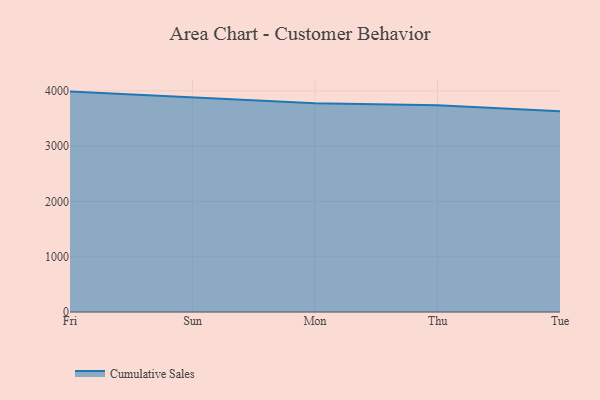
{"axis": {"x": "Day", "y": "Demand Index"}, "legend": ["Cumulative Sales"], "data": [{"x": "Fri", "y": 3986.1, "type": "Cumulative Sales"}, {"x": "Sun", "y": 3881.3, "type": "Cumulative Sales"}, {"x": "Mon", "y": 3776.9, "type": "Cumulative Sales"}, {"x": "Thu", "y": 3738.6, "type": "Cumulative Sales"}, {"x": "Tue", "y": 3631.7, "type": "Cumulative Sales"}]}